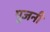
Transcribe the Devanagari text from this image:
पूजनी